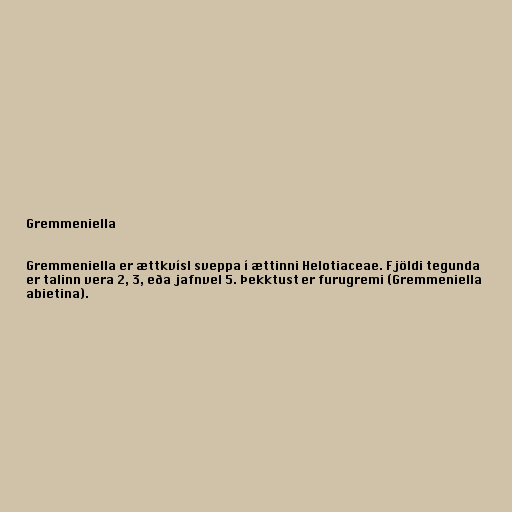
Gremmeniella

Gremmeniella er ættkvísl sveppa í ættinni Helotiaceae. Fjöldi tegunda
er talinn vera 2, 3, eða jafnvel 5. Þekktust er furugremi (Gremmeniella
abietina).